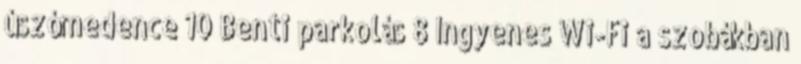
úszómedence 10 Benti parkolás 8 Ingyenes Wi-Fi a szobákban